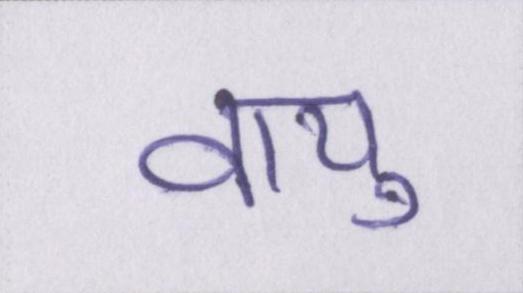
वायु